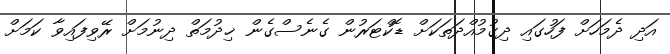
އަދި ދެމަހަށް ފަހުގައި ދިގުމުއްދަތަކަށް ޑޮކްޓަރުން ގެނެސްގެން ޚިދުމަތް ދިނުމަށް ރޭވިފައިވާ ކަމަށް